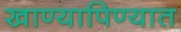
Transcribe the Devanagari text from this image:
खाण्यापिण्यात